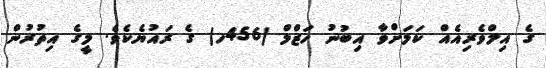
ގެ އިލްވެރިއެއް ކަމަށްވާ އިބުނު ހަޒްމް (456ހ) ގެ ރައުޔެކެވެ. މީގެ އިތުރުން